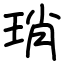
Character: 琑